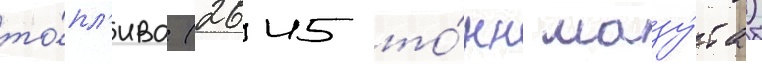
то́пл'ива (2645 то́нн мазу́та)